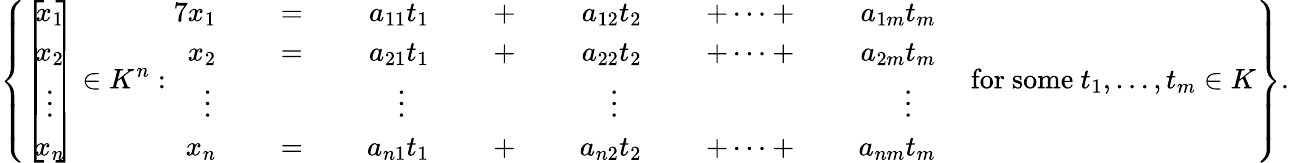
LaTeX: \left\{ \left[\! \! {\begin{array}{c}{x_{1}}\\ {x_{2}}\\ {\vdots}\\ {x_{n}}\end{array}}\! \! \right]\in K^{n}:{\begin{array}{rlrlrlrlrlrlrl}{{7}x_{1}}&{{}}&{\; =\; }&{{}}&{a_{11}t_{1}}&{{}}&{\; +\; }&{{}}&{a_{12}t_{2}}&{{}}&{\; +\cdots+\; }&{{}}&{a_{1m}t_{m}}&{{}}\\ {x_{2}}&{{}}&{\; =\; }&{{}}&{a_{21}t_{1}}&{{}}&{\; +\; }&{{}}&{a_{22}t_{2}}&{{}}&{\; +\cdots+\; }&{{}}&{a_{2m}t_{m}}&{{}}\\ {\vdots\, }&{{}}&{}&{{}}&{\vdots\; \; \; }&{{}}&{}&{{}}&{\vdots\; \; \; }&{{}}&{}&{{}}&{\vdots\; \; \; }&{{}}\\ {x_{n}}&{{}}&{\; =\; }&{{}}&{a_{n1}t_{1}}&{{}}&{\; +\; }&{{}}&{a_{n2}t_{2}}&{{}}&{\; +\cdots+\; }&{{}}&{a_{nm}t_{m}}&{{}}\end{array}}{\mathrm{~for~some~}}t_{1},\ldots,t_{m}\in K\right\} .